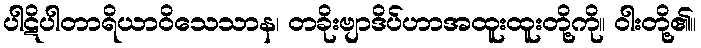
ပါဋိပါတာရိယာဝိသေသာန၊ တခိုးဗျာဒိပ်ဟာအထူးထူးတို့ကို။ ဝါးတို့၏။